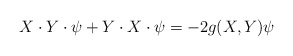
\begin{align*}X\cdot Y\cdot\psi+Y\cdot X\cdot\psi=-2g(X,Y)\psi\end{align*}